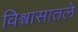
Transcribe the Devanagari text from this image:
विश्वासातले